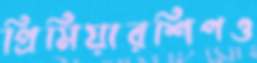
প্রিমিয়ারশিপও